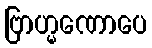
ဗြာဟ္မဏောပေ